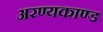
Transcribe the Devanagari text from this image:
अरण्‍यकाण्‍ड